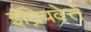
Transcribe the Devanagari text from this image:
इंद्रियवेत्ते